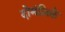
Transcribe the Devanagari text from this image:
दोमंज़िले